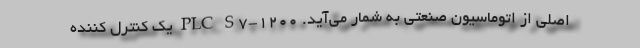
اصلی از اتوماسیون صنعتی به شمار می‌­آید. PLC S7-1200 یک کنترل کننده